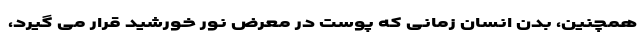
همچنین، بدن انسان زمانی که پوست در معرض نور خورشید قرار می گیرد،